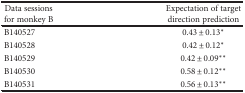
<table><thead><tr><td><b>Data sessions for monkey B</b></td><td><b>Expectation of target direction prediction</b></td></tr></thead><tbody><tr><td>B140527</td><td>0.43 ± 0.13<sup>∗</sup></td></tr><tr><td>B140528</td><td>0.42 ± 0.12<sup>∗</sup></td></tr><tr><td>B140529</td><td>0.42 ± 0.09<sup>∗∗</sup></td></tr><tr><td>B140530</td><td>0.58 ± 0.12<sup>∗∗</sup></td></tr><tr><td>B140531</td><td>0.56 ± 0.13<sup>∗∗</sup></td></tr></tbody></table>